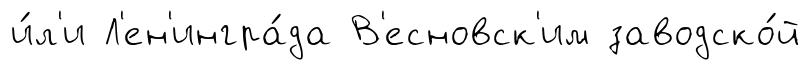
и́л'и Л'ен'ингра́да В'есновск'им заводско́й